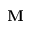
\mathbf { M }